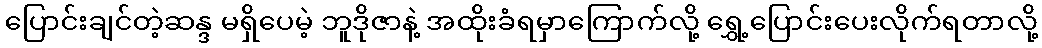
ပြောင်းချင်တဲ့ဆန္ဒ မရှိပေမဲ့ ဘူဒိုဇာနဲ့ အထိုးခံရမှာကြောက်လို့ ရွှေ့ပြောင်းပေးလိုက်ရတာလို့